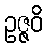
ဥဇ္ဇဝိ